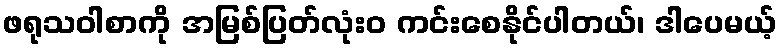
ဖရုသဝါစာကို အမြစ်ပြတ်လုံးဝ ကင်းစေနိုင်ပါတယ်၊ ဒါပေမယ့်